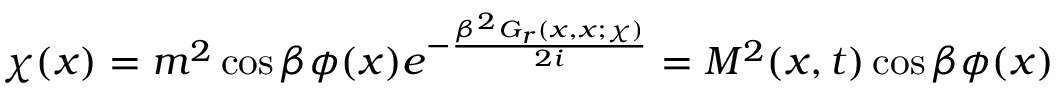
\chi ( x ) = m ^ { 2 } \cos \beta \phi ( x ) e ^ { - \frac { \beta ^ { 2 } { \cal G } _ { r } ( x , x ; \chi ) } { 2 i } } = M ^ { 2 } ( x , t ) \cos \beta \phi ( x )